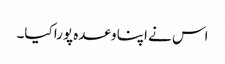
اس نے اپنا وعدہ پورا کیا۔